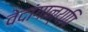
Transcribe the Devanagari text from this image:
वेदांगान्यपि